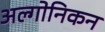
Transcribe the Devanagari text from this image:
अल्गोनिकन